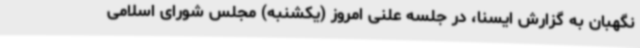
نگهبان به گزارش ایسنا، در جلسه علنی امروز (یکشنبه) مجلس شورای اسلامی